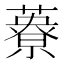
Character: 𦿴